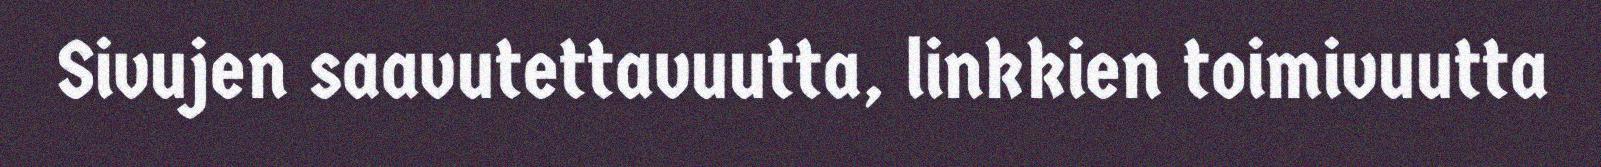
Sivujen saavutettavuutta, linkkien toimivuutta